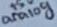
Text: analog